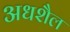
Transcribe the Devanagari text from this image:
अधशैल